Annual statistical returns and brief notes on vaccination in Bengal - 1887-1898
Year: 1887
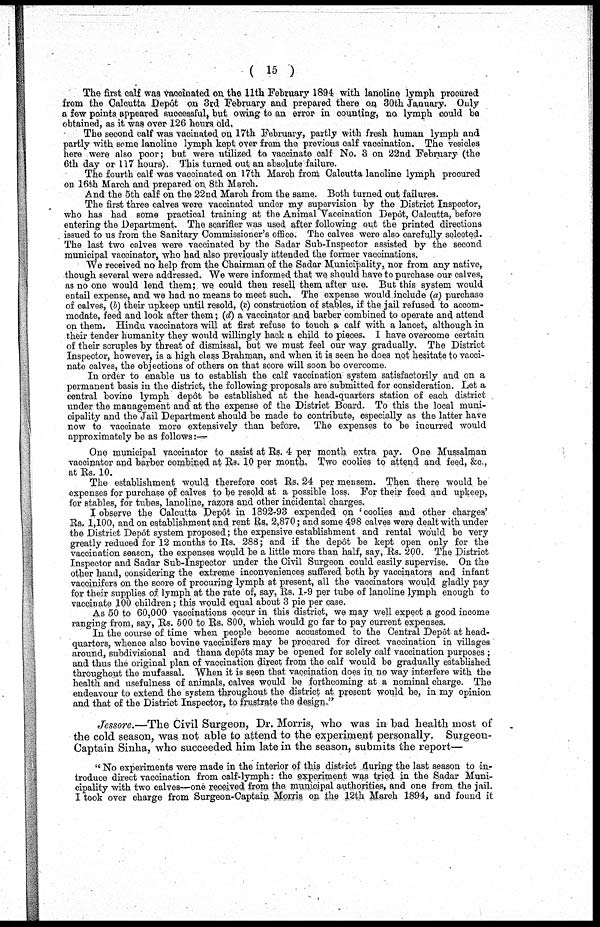
(15)
The first calf was vaccinated on the 11th February 1894 with lanoline lymph procured
from the Calcutta Depôt on 3rd February and prepared there on 30th January. Only
a few points appeared successful, but owing to an error in counting, no lymph could be
obtained, as it was over 126 hours old,
The second calf was vacinated on 17th February, partly with fresh human lymph and
partly with some lanoline lymph kept over from the previous calf vaccination. The vesicles
here were also poor; but were utilized to vaccinate calf No. 3 on 22nd February (the
6th day or 117 hours). This turned out an absolute failure.
The fourth calf was vaccinated on 17th March from Calcutta lanoline lymph procured
on 16th March and prepared on 8th March.
And the 5th calf on the 22nd March from the same. Both turned out failures.
The first three calves were vaccinated under my supervision by the District Inspector,
who has had some practical training at the Animal Vaccination Depôt, Calcutta, before
entering the Department. The scarifier was used after following out the printed directions
issued to us from the Sanitary Commissioner's office. The calves were also carefully selected.
The last two calves were vaccinated by the Sadar Sub-Inspector assisted by the second
municipal vaccinator, who had also previously attended the former vaccinations.
"We received no help from the Chairman of the Sadar Municipality, nor from any native,
though several were addressed. We were informed that we should have to purchase our calves,
as no one would lend them; we could then resell them after use. But this system would
entail expense, and we had no means to meet such. The expense would include (a) purchase
of calves, (b) their upkeep until resold, (c) construction of stables, if the jail refused to accom-
modate, feed and look after them; (d) a vaccinator and barber combined to operate and attend
on them. Hindu vaccinators will at first refuse to touch a calf with a lancet, although in
their tender humanity they would willingly back a child to pieces. I have overcome certain
of their scruples by threat of dismissal, but we must feel our way gradually. The District
Inspector, however, is a high class Brahman, and when it is seen he does not hesitate to vacci-
nate calves, the objections of others on that score will soon be overcome.
In order to enable us to establish the calf vaccination system satisfactorily and on a
permanent basis in the district, the following proposals are submitted for consideration. Let a
central bovine lymph depôt be established at the head-quarters station of each district
under the management and at the expense of the District Board. To this the local muni-
cipality and the Jail Department should be made to contribute, especially as the latter have
now to vaccinate more extensively than before.
The expenses to be incurred would
approximately be as follows:—
One municipal vaccinator to assist at Rs. 4 per month extra pay. One Mussalman
vaccinator and barber combined at Rs. 10 per month. Two coolies to attend and feed, &c.,
at Rs. 10.
The establishment would therefore cost Rs. 24 per mensem. Then there would be
expenses for purchase of calves to be resold at a possible loss. For their feed and upkeep,
for stables, for tubes, lanoline, razors and other incidental charges.
I observe the Calcutta Depôt in 1892-93 expended on 'coolies and other charges'
Rs. 1,100, and on establishment and rent Rs. 2,870; and some 498 calves were dealt with under
the District Depôt system proposed; the expensive establishment and rental would be very
greatly reduced for 12 months to Rs. 288; and if the depôt be kept open only for the
vaccination season, the expenses would be a little more than half, say, Rs. 200. The District
Inspector and Sadar Sub-Inspector under the Civil Surgeon could easily supervise. On the
other hand, considering the extreme inconveniences suffered both by vaccinators and infant
vaccinifers on the score of procuring lymph at present, all the vaccinators would gladly pay
for their supplies of lymph at the rate of, say, Rs. 1-9 per tube of lanoline lymph enough to
vaccinate 100 children; this would equal about 3 pie per case.
As 50 to 60,000 vaccinations occur in this district, we may well expect a good income
ranging from, say, Rs. 500 to Rs. 800, which would go far to pay current expenses.
In the course of time when people become accustomed to the Central Depôt at head-
quarters, whence also bovine vaccinifers may be procured for direct vaccination in villages
around, subdivisional and thana depôts may be opened for solely calf vaccination purposes ;
and thus the original plan of vaccination direct from the calf would be gradually established
throughout the mufassal.
When it is seen that vaccination does in no way interfere with the
health and usefulness of animals, calves would be forthcoming at a nominal charge. The
endeavour to extend the system throughout the district at present would be, in my opinion
and that of the District Inspector, to frustrate the design."
Jessore.—The
Civil Surgeon, Dr. Morris, who was in bad health most of
the cold season, was not able to attend to the experiment personally.
Surgeon-
Captain Sinha, who succeeded him late in the season, submits the report—
" No experiments were made in the interior of this district during the last season to in-
troduce direct vaccination from calf-lymph: the experiment was tried in the Sadar Muni-
cipality with two calves—one received from the municipal authorities, and one from the jail.
I took over charge from Surgeon-Captain Morris on the 12th March 1894, and found it